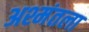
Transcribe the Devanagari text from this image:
अश्मंतला